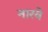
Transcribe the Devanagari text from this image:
नारवे